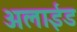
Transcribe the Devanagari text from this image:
अलाईड